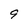
Character: 9